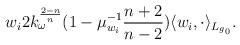
LaTeX: \begin{align*}w_{i}\- 2k_{\omega}^{\frac{2-n}{n}}(1-\mu_{w_i}^{-1}\frac{n+2}{n-2})\langle w_{i}, \cdot\rangle_{L_{g_{0}}}.\end{align*}